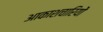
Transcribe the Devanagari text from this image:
आकाशचारियों